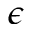
\epsilon